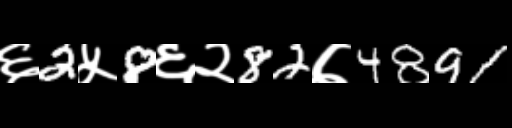
Text: ६2५8६२82७4891